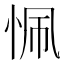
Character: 𢙜